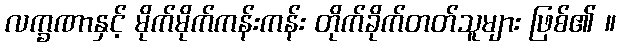
လက္ခဏာနှင့် မိုက်မိုက်ကန်းကန်း တိုက်ခိုက်တတ်သူများ ဖြစ်၏ ။